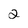
Character: 2